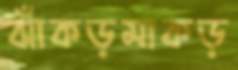
ঝাঁকড়মাকড়